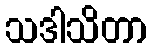
သဒါသိတာ